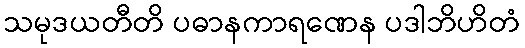
သမုဒယတီတိ ပဓာနကာရဏေန ပဒါဘိဟိတံ